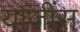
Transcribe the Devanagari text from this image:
याजींस